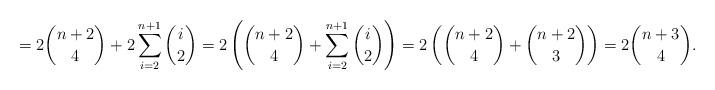
LaTeX: \begin{align*} =2\binom{n+2}{4} + 2\sum_{i=2}^{n+1} \binom{i}{2} = 2 \left ( \binom{n+2}{4} + \sum_{i=2}^{n+1} \binom{i}{2}\right ) = 2 \left ( \binom{n+2}{4} + \binom{n+2}{3} \right ) =2 \binom{n+3}{4}. \end{align*}